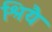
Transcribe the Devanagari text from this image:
श्रियै